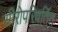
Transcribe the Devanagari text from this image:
सीरोपरिवर्तित